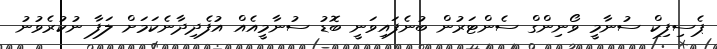
ޕެސިފިކް ސުނާމީ ވޯނިންގް ސެންޓަރުން ބުނެފައިވަނީ ބޮޑު ސުނާމީއެއް އުފެދިދާނެކަމަށް ލަފާ ނުކުރެވުނު